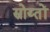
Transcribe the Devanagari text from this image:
स्रोय्तों